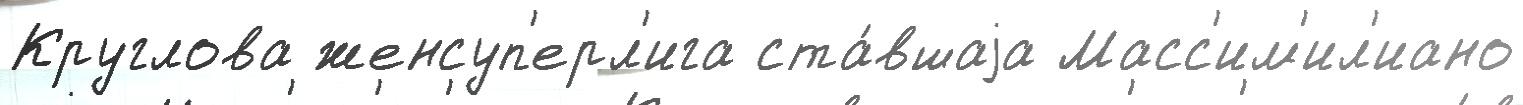
Круглова женсуп'ерл'ига ста́вшаjа Масс'им'ил'иано